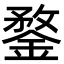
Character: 鍪